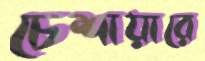
চেশায়ারে